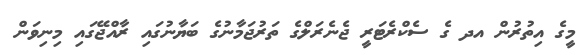
މީގެ އިތުރުން އދ ގެ ސެކްރެޓަރީ ޖެނެރަލްގެ ތަރުޖަމާނުގެ ބަޔާނުގައި ރާއްޖޭގައި މިނިވަން